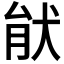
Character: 𤞣